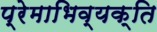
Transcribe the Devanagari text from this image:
प्रेमाभिव्यक्ति